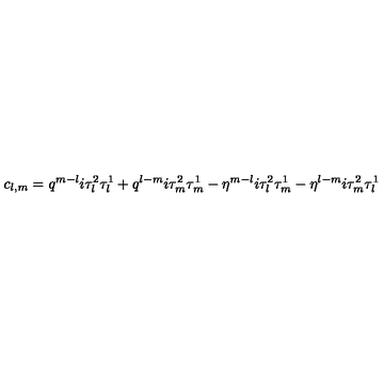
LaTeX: c _ { l , m } = q ^ { m - l } i \tau _ { l } ^ { 2 } \tau _ { l } ^ { 1 } + q ^ { l - m } i \tau _ { m } ^ { 2 } \tau _ { m } ^ { 1 } - \eta ^ { m - l } i \tau _ { l } ^ { 2 } \tau _ { m } ^ { 1 } - \eta ^ { l - m } i \tau _ { m } ^ { 2 } \tau _ { l } ^ { 1 } \,